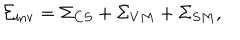
{ \Sigma } _ { \mathrm { i n v } } = { \Sigma } _ { C S } + { \Sigma } _ { V M } + { \Sigma } _ { S M } ,